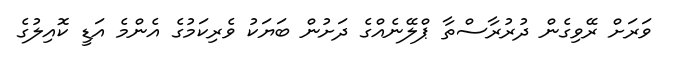
ވަރަށް ރޭވިގެން ދުރުރާސްތާ ޕްލޭނެއްގެ ދަށުން ބަޔަކު ވެރިކަމުގެ އެންމެ އަޑީ ކޮއިލުގެ